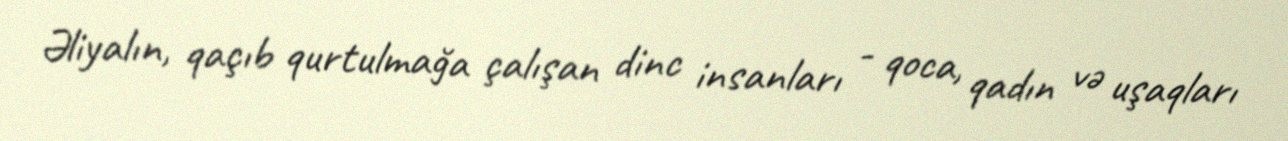
Əliyalın, qaçıb qurtulmağa çalışan dinc insanları - qoca, qadın və uşaqları